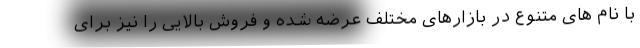
با نام های متنوع در بازارهای مختلف عرضه شده و فروش بالایی را نیز برای